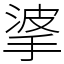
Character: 㨇